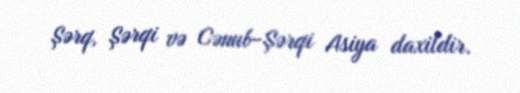
Şərq, Şərqi və Cənub-Şərqi Asiya daxildir.